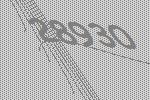
28930